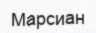
Марсиан